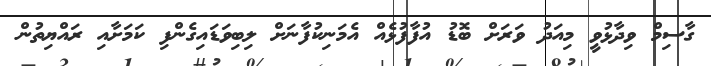
ގާސިމް ވިދާޅުވީ މިއަދު ވަރަށް ބޮޑު އުފާފުޅެއް އެމަނިކުފާނަށް ލިބިވަޑައިގެންފި ކަމަށާއި ރައްޔިތުން